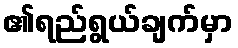
၏ရည်ရွယ်ချက်မှာ